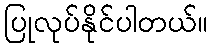
ပြုလုပ်နိုင်ပါတယ်။